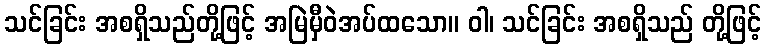
သင်ခြင်း အစရှိသည်တို့ဖြင့် အမြဲမှီဝဲအပ်ထသော။ ဝါ၊ သင်ခြင်း အစရှိသည် တို့ဖြင့်